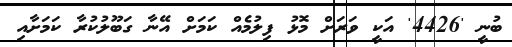
ބުނީ '4426' އަކީ ވަރަށް މޮޅު ފިލުމެއް ކަމަށް އޭނާ ގަބޫލުކުރާ ކަމަށާއި